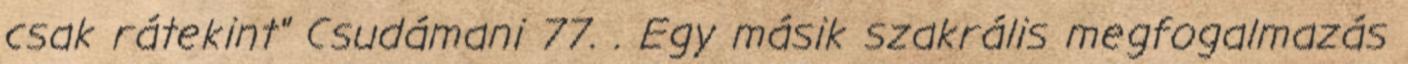
csak rátekint" Csudámani 77. . Egy másik szakrális megfogalmazás